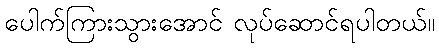
ပေါက်ကြားသွားအောင် လုပ်ဆောင်ရပါတယ်။